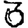
Digit: 3